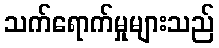
သက်ရောက်မှုများသည်